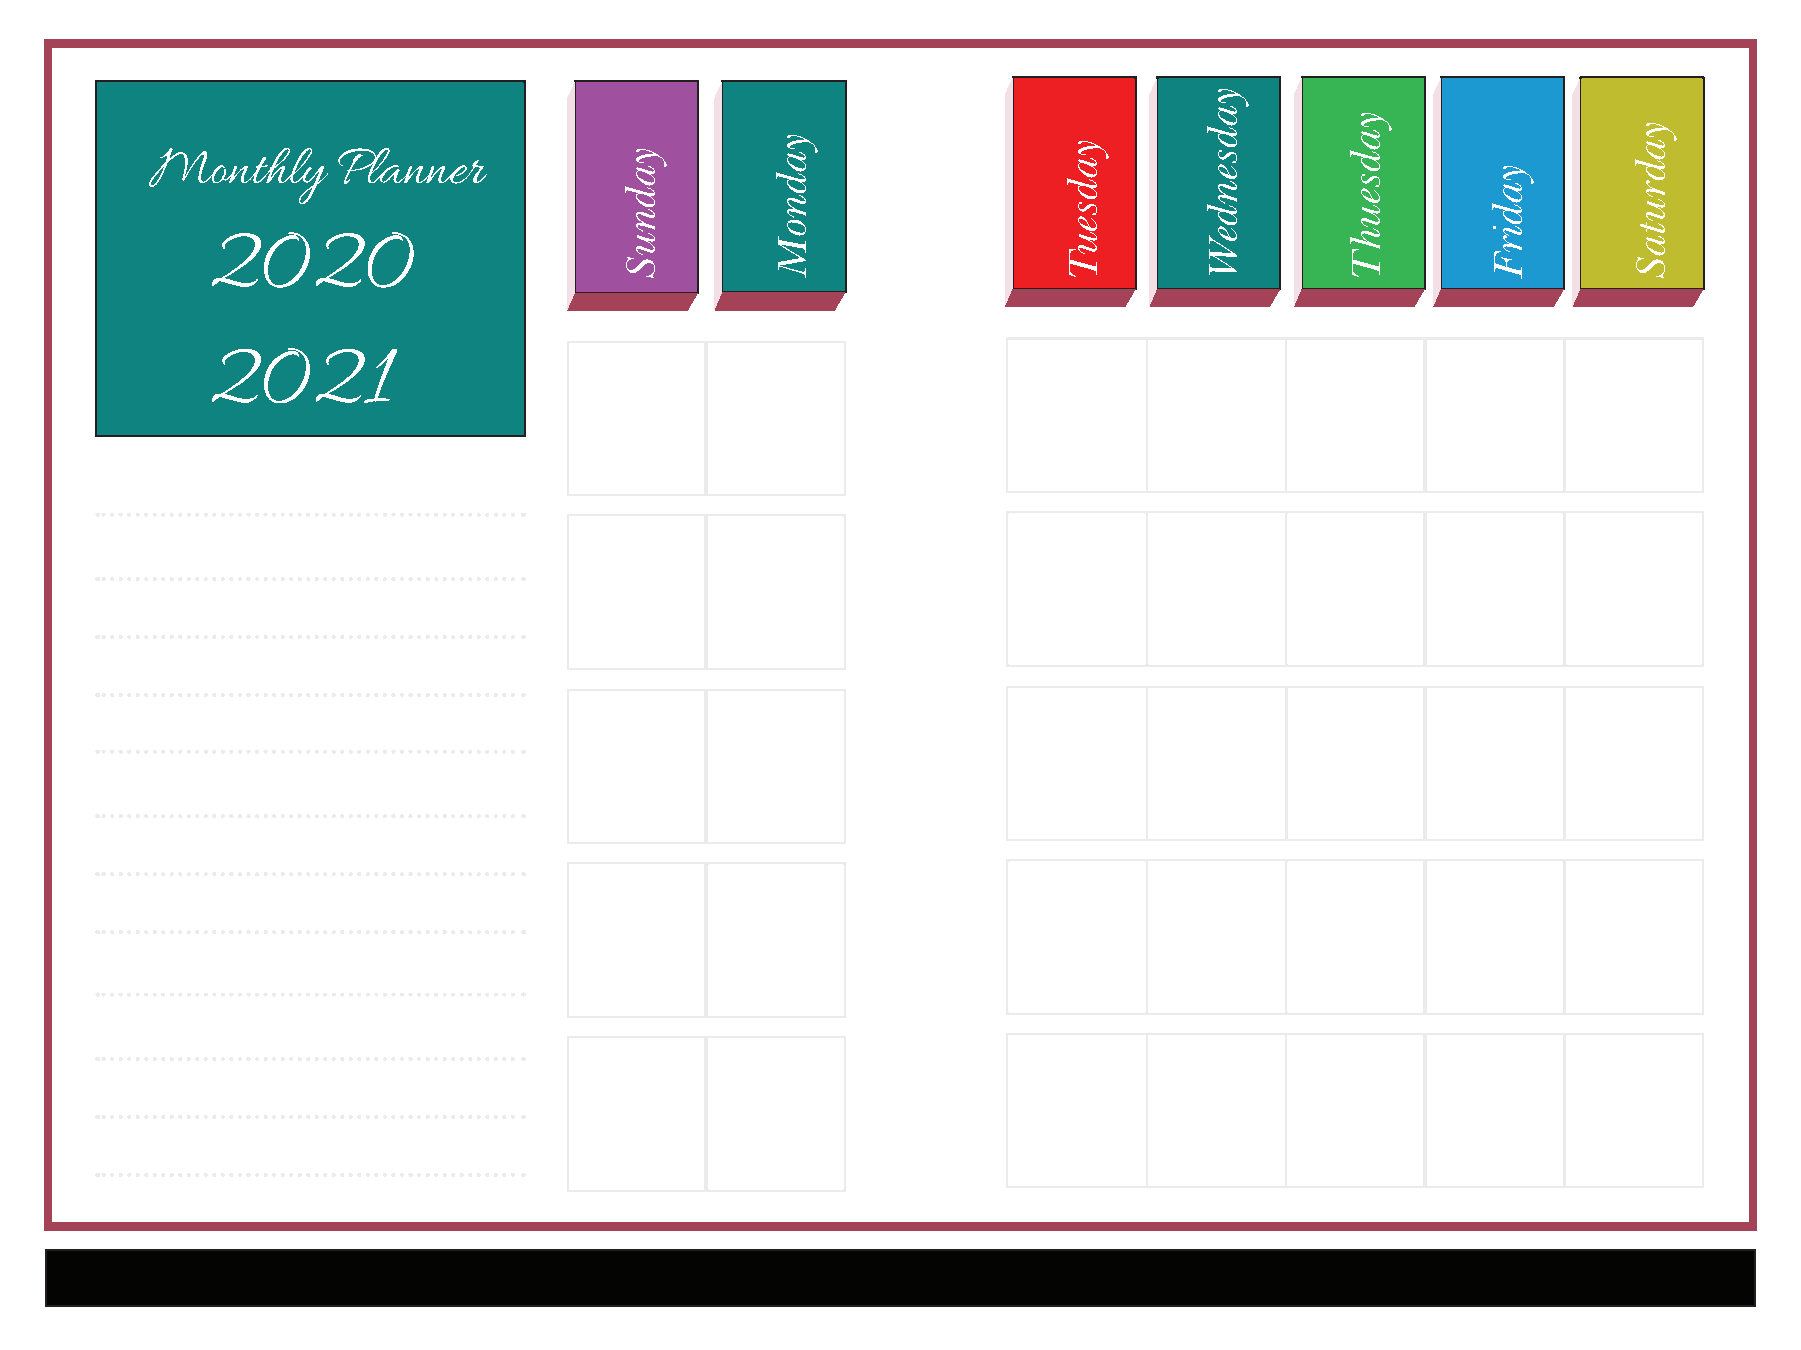
Monthly     Planner
 2020
 2021
 yadnuS
 yadnoM              yadseuT
 yadsendeW
 yadseuhT
 yadirF
 yadrutaS